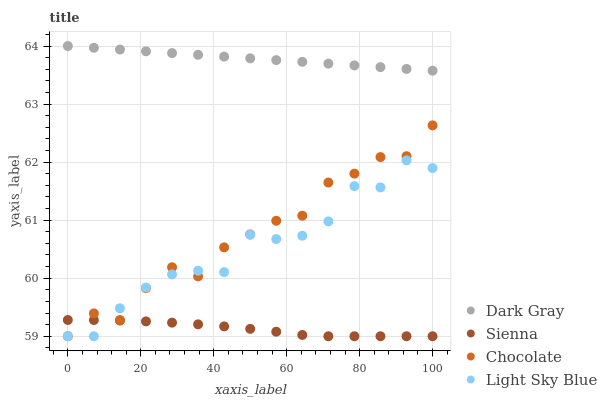
| xaxis_label | Dark Gray | Sienna | Chocolate | Light Sky Blue |
 | --- | --- | --- | --- | --- |
 | 0 | 64 | 59.3 | 59 | 59 |
 | 7.14 | 64 | 59.3 | 59.4 | 59 |
 | 14.3 | 63.9 | 59.3 | 59.3 | 59.5 |
 | 21.4 | 63.9 | 59.3 | 59.8 | 59.8 |
 | 28.6 | 63.9 | 59.2 | 60.2 | 60.1 |
 | 35.7 | 63.8 | 59.2 | 60 | 60.1 |
 | 42.9 | 63.8 | 59.2 | 60.5 | 60.1 |
 | 50 | 63.8 | 59.1 | 60.8 | 60.7 |
 | 57.1 | 63.8 | 59.1 | 61 | 60.7 |
 | 64.3 | 63.7 | 59 | 61.1 | 60.7 |
 | 71.4 | 63.7 | 59 | 61.6 | 61 |
 | 78.6 | 63.7 | 59 | 61.8 | 61.6 |
 | 85.7 | 63.6 | 59 | 62.1 | 61.6 |
 | 92.9 | 63.6 | 59 | 62.1 | 62 |
 | 100 | 63.6 | 59 | 62.6 | 61.9 |